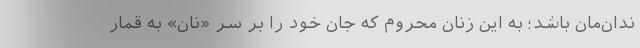
ندان‌مان باشد؛ به این زنان محروم که جان خود را بر سرِ «نان» به قمار